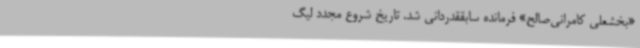
«بخشعلی کامرانی‌صالح» فرمانده سابققدردانی شد. تاریخ شروع مجدد لیگ